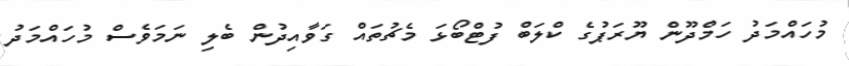
މުހައްމަދު ހަމްދޫން ޔޫރަޕުގެ ކްލަބް ފުޓްބޯޅަ މެޗުތައް ގަވާއިދުން ބެލި ނަމަވެސް މުހައްމަދު